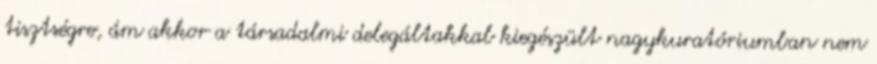
tisztségre, ám akkor a társadalmi delegáltakkal kiegészült nagykuratóriumban nem